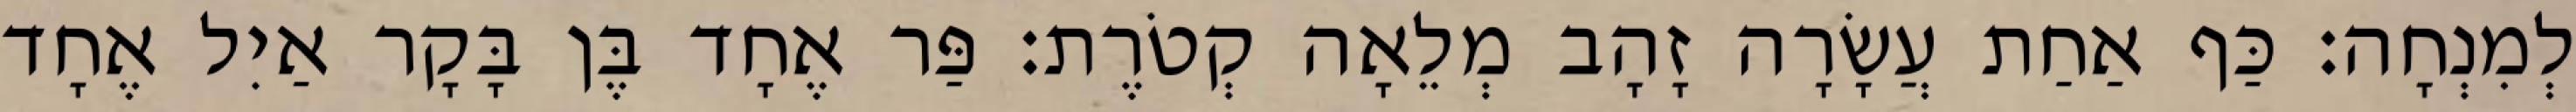
לְמִנְחָה׃ כַּף אַחַת עֲשָׂרָה זָהָב מְלֵאָה קְטֹרֶת׃ פַּר אֶחָד בֶּן בָּקָר אַיִל אֶחָד